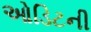
ઓડિટની